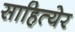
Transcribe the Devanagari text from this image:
साहित्येर